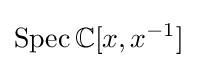
\mathrm {Spec} \,\mathbb {C} [x,x^{-1}]